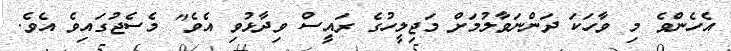
އެހެންވެ މި ވާހަކަ ދަންނަވާލުމަށް މަޖިލީހުގެ ރައީސް ވިދާޅުވި އެވެ" މެސެޖުގައިވެ އެވެ.